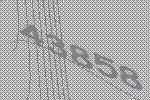
43858